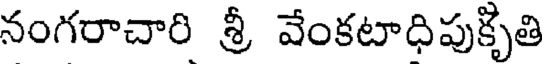
నంగరాచారి శ్రీ వేంకటాధిపుక్ృతి